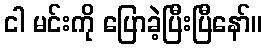
ငါ မင်းကို ပြောခဲ့ပြီးပြီနော်။